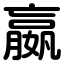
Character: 嬴